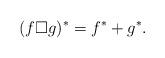
LaTeX: \begin{align*}(f\Box g)^*=f^*+g^*.\end{align*}